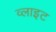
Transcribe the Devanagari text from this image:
व्‍लाइट